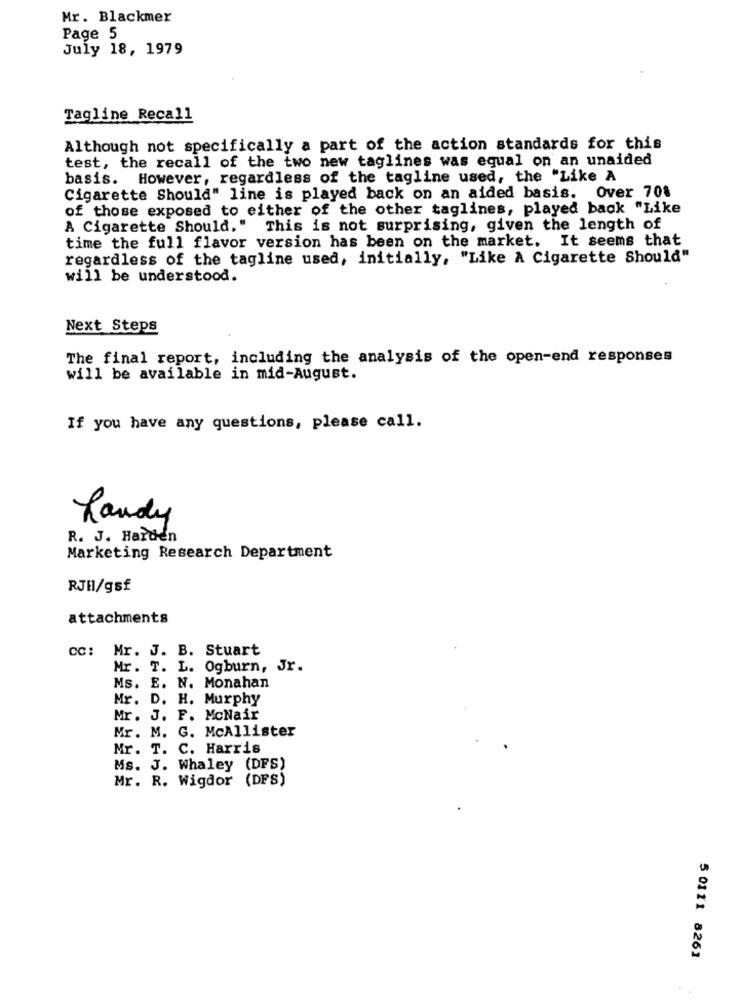
Mr. Blackmer
Page 5
July 18, 1979
Tagline Recall
Although not specifically a part of the action standards for this
test, the recall of the two new taglines was equal on an unaided
basis. However, regardless of the tagline used, the "Like A
Cigarette Should" line is played back on an aided basis. Over 701
of those exposed to either of the other taglines, played back "Like
A Cigarette Should." This is not surprising, given the length of
time the full flavor version has been on the market. It seems that
regardless of the tagline used, initially, "Like A Cigarette Should"
will be understood.
Next Steps
The final report, including the analysis of the open-end responses
will be available in mid-August.
If you have any questions, please call.
Handy
R. J. Harden
Marketing Research Department
RJHI/gsf
attachments
cc: Mr. J. B. Stuart
Mr. T. L. Ogburn, Jr.
Ms. E. N. Monahan
Mr. D. H. Murphy
Mr. J. F. McNair
Mr. M. G. McAllister
Mr. T. C. Harris
Ms. J. Whaley (DFS)
Mr. R. Wigdor (DFS)
5 0111 8261